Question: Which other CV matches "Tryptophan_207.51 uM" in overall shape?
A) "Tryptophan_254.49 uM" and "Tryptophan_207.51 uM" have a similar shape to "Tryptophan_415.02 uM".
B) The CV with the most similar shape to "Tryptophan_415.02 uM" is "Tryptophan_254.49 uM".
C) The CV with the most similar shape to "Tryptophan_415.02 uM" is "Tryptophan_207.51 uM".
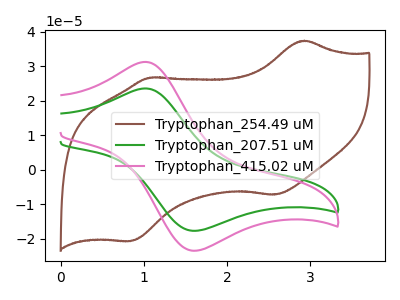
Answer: <think>The brown curve "Tryptophan_254.49 uM" has anodic peaks at (2.95V, 37.35uA) (1.05V, 26.70uA) and cathodic peaks at (2.55V, -7.20uA) (0.85V, -20.65uA). The green curve "Tryptophan_207.51 uM" has an anodic peak at (1.05V, 23.55uA) and a cathodic peak at (1.65V, -17.65uA). The pink curve "Tryptophan_415.02 uM" has an anodic peak at (1.05V, 31.20uA) and a cathodic peak at (1.65V, -23.40uA).
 "Tryptophan_254.49 uM" and "Tryptophan_207.51 uM" have a different number of peaks. "Tryptophan_254.49 uM" and "Tryptophan_415.02 uM" have a different number of peaks. All the peaks in "Tryptophan_207.51 uM" have a peak in "Tryptophan_415.02 uM" at the same potential. Every peak in "Tryptophan_207.51 uM" is lower than every peak in "Tryptophan_415.02 uM".</think>
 <answer>C) The CV with the most similar shape to "Tryptophan_415.02 uM" is "Tryptophan_207.51 uM".</answer>
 <eval>C</eval>